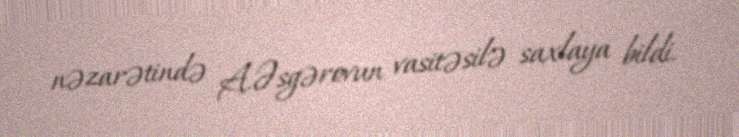
nəzarətində A.Əsgərovun vasitəsilə saxlaya bildi.